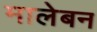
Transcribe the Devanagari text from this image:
मालेबन